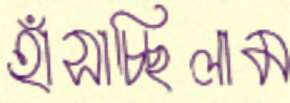
হাঁসাচ্ছিলাম